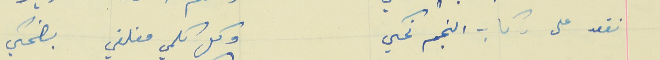
نقعد على ركاب النجم نحكي                           وكل كلمي مغلفي بضحكي